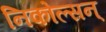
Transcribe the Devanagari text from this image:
निकोल्सन्‌